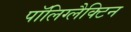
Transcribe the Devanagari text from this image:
पॉलिग्लैक्टिन